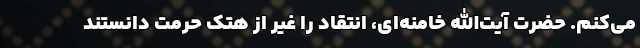
می‌کنم. حضرت آیت‌الله خامنه‌ای، انتقاد را غیر از هتک حرمت دانستند